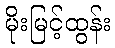
မိုးမြင့်ထွန်း